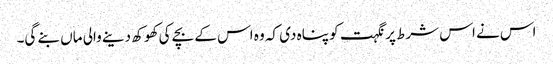
اس نے اس شرط پر نگہت کو پناہ دی کہ وہ اس کے بچے کی کھوکھ دینے والی ماں بنے گی۔